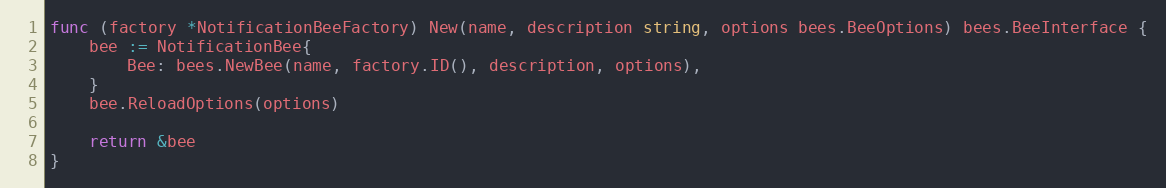
Language: Go
func (factory *NotificationBeeFactory) New(name, description string, options bees.BeeOptions) bees.BeeInterface {
	bee := NotificationBee{
		Bee: bees.NewBee(name, factory.ID(), description, options),
	}
	bee.ReloadOptions(options)

	return &bee
}